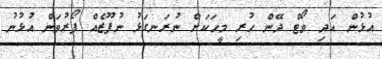
އުޅުން އަދި ވޯޓް ދޭން ހުރި މީހަކަށް ނުރަނގަޅު ނުފޫޒެއް ފޯރުވަން އުޅުނު